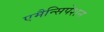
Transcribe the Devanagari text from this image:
एमैन्सिपेशन